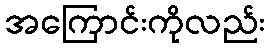
အကြောင်းကိုလည်း